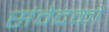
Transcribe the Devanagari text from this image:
संवेदको